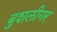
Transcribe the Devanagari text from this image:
बुशलीगर